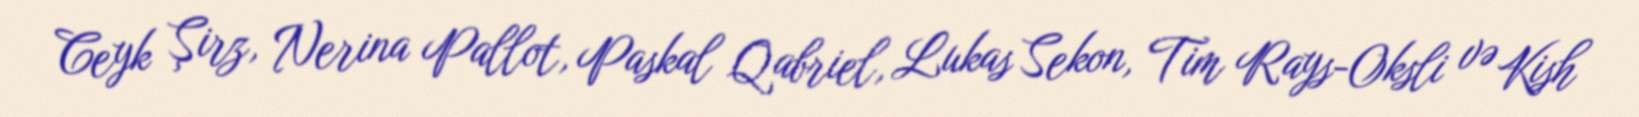
Ceyk Şirz, Nerina Pallot, Paskal Qabriel, Lukas Sekon, Tim Rays-Oksli və Kish